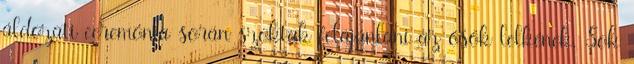
áldozati ceremónia során szoktak felajánlani az ősök lelkének. Sok